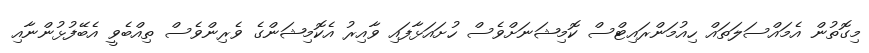
މިގޮތުން އެމައްސަލަތައް ހިއުމަންރައިޓްސް ކޮމިޝަނަށްވެސް ހުށައަޅާފައި ވާއިރު އެކޮމިޝަންގެ ވެރިންވެސް ތިއްބެވީ އެބޭފުޅުންނާއި